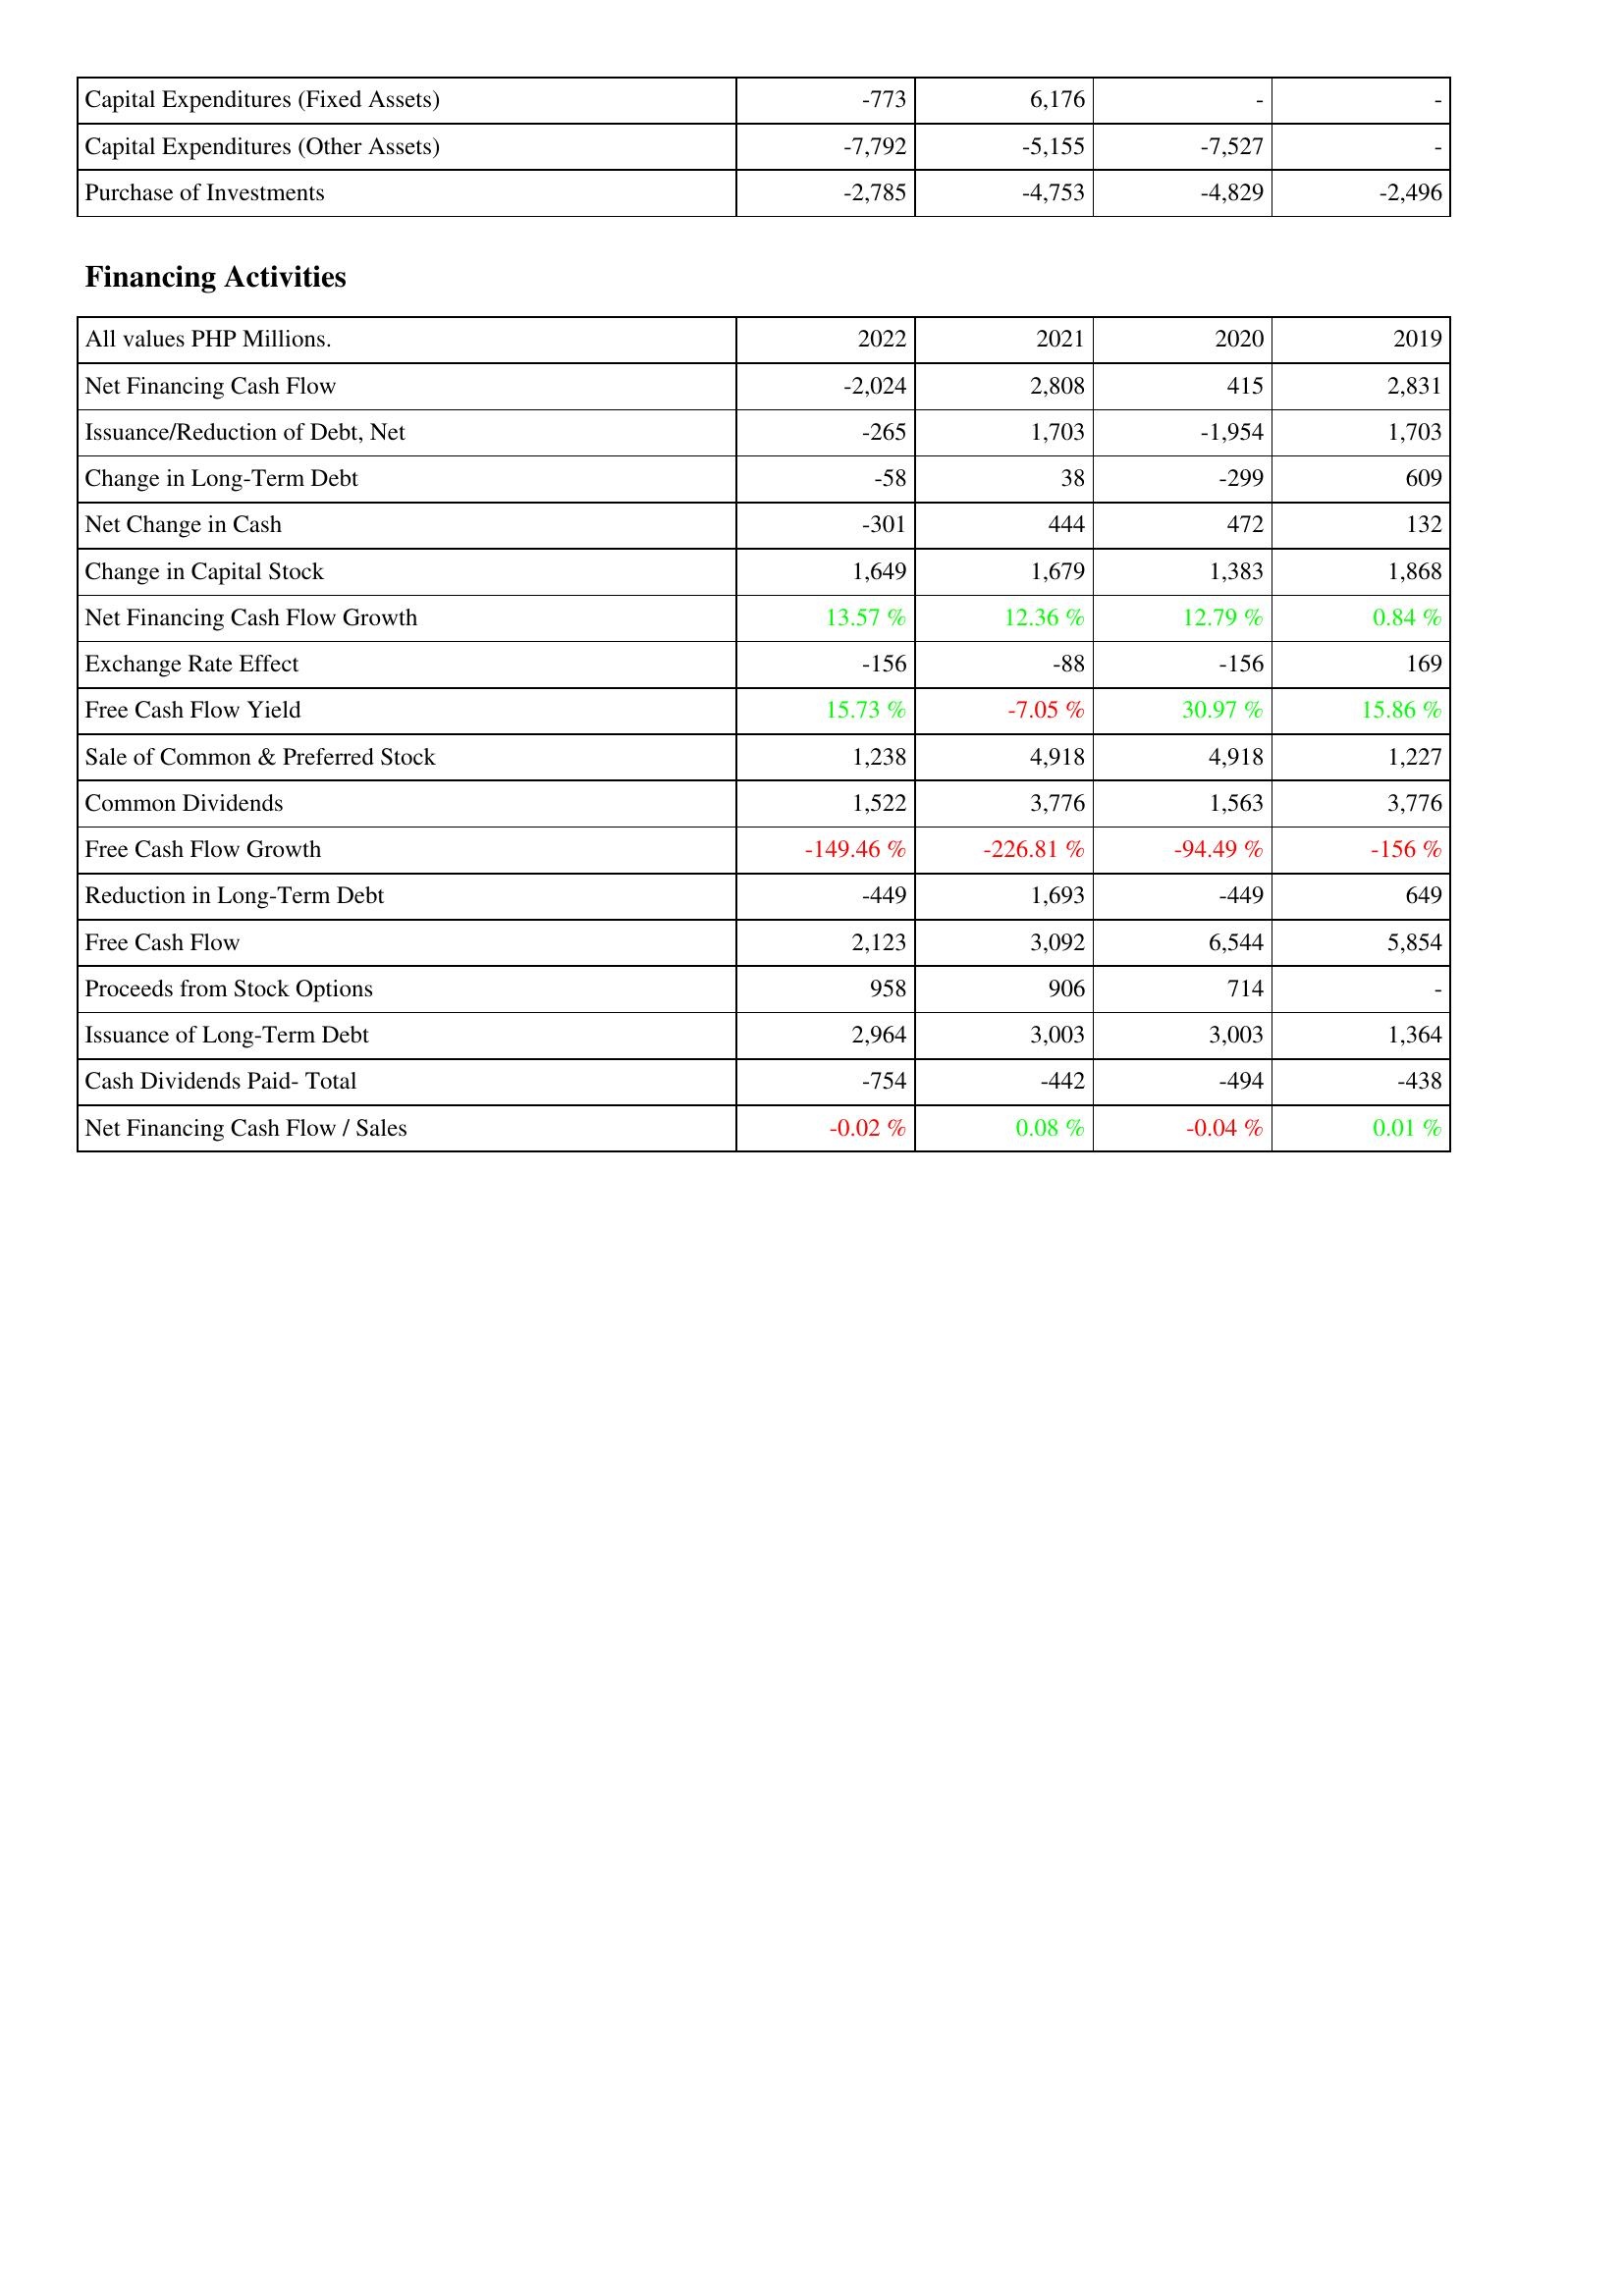
2022: Investing Activities: Capital Expenditures (Fixed Assets): -773
Capital Expenditures (Other Assets): -7,792
Purchase of Investments: -2,785
Financing Activities: Net Financing Cash Flow: -2,024
Issuance/Reduction of Debt, Net: -265
Change in Long-Term Debt: -58
Net Change in Cash: -301
Change in Capital Stock: 1,649
Net Financing Cash Flow Growth: 13.57 %
Exchange Rate Effect: -156
Free Cash Flow Yield: 15.73 %
Sale of Common & Preferred Stock: 1,238
Common Dividends: 1,522
Free Cash Flow Growth: -149.46 %
Reduction in Long-Term Debt: -449
Free Cash Flow: 2,123
Proceeds from Stock Options: 958
Issuance of Long-Term Debt: 2,964
Cash Dividends Paid- Total: -754
Net Financing Cash Flow / Sales: -0.02 %
2021: Investing Activities: Capital Expenditures (Fixed Assets): 6,176
Capital Expenditures (Other Assets): -5,155
Purchase of Investments: -4,753
Financing Activities: Net Financing Cash Flow: 2,808
Issuance/Reduction of Debt, Net: 1,703
Change in Long-Term Debt: 38
Net Change in Cash: 444
Change in Capital Stock: 1,679
Net Financing Cash Flow Growth: 12.36 %
Exchange Rate Effect: -88
Free Cash Flow Yield: -7.05 %
Sale of Common & Preferred Stock: 4,918
Common Dividends: 3,776
Free Cash Flow Growth: -226.81 %
Reduction in Long-Term Debt: 1,693
Free Cash Flow: 3,092
Proceeds from Stock Options: 906
Issuance of Long-Term Debt: 3,003
Cash Dividends Paid- Total: -442
Net Financing Cash Flow / Sales: 0.08 %
2020: Investing Activities: Capital Expenditures (Fixed Assets): -
Capital Expenditures (Other Assets): -7,527
Purchase of Investments: -4,829
Financing Activities: Net Financing Cash Flow: 415
Issuance/Reduction of Debt, Net: -1,954
Change in Long-Term Debt: -299
Net Change in Cash: 472
Change in Capital Stock: 1,383
Net Financing Cash Flow Growth: 12.79 %
Exchange Rate Effect: -156
Free Cash Flow Yield: 30.97 %
Sale of Common & Preferred Stock: 4,918
Common Dividends: 1,563
Free Cash Flow Growth: -94.49 %
Reduction in Long-Term Debt: -449
Free Cash Flow: 6,544
Proceeds from Stock Options: 714
Issuance of Long-Term Debt: 3,003
Cash Dividends Paid- Total: -494
Net Financing Cash Flow / Sales: -0.04 %
2019: Investing Activities: Capital Expenditures (Fixed Assets): -
Capital Expenditures (Other Assets): -
Purchase of Investments: -2,496
Financing Activities: Net Financing Cash Flow: 2,831
Issuance/Reduction of Debt, Net: 1,703
Change in Long-Term Debt: 609
Net Change in Cash: 132
Change in Capital Stock: 1,868
Net Financing Cash Flow Growth: 0.84 %
Exchange Rate Effect: 169
Free Cash Flow Yield: 15.86 %
Sale of Common & Preferred Stock: 1,227
Common Dividends: 3,776
Free Cash Flow Growth: -156 %
Reduction in Long-Term Debt: 649
Free Cash Flow: 5,854
Proceeds from Stock Options: -
Issuance of Long-Term Debt: 1,364
Cash Dividends Paid- Total: -438
Net Financing Cash Flow / Sales: 0.01 %